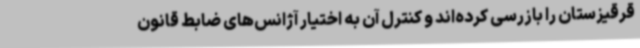
قرقیزستان را بازرسی کرده‌اند و کنترل آن به اختیار آژانس‌های ضابط قانون